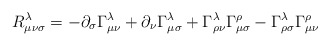
\begin{align*}R^\lambda_{\mu\nu\sigma}=-\partial_\sigma\Gamma^\lambda_{\mu\nu}+\partial_\nu\Gamma^\lambda_{\mu\sigma}+\Gamma^\lambda_{\rho\nu}\Gamma^\rho_{\mu\sigma}-\Gamma^\lambda_{\rho\sigma}\Gamma^\rho_{\mu\nu}\end{align*}